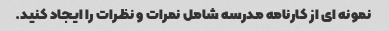
نمونه ای از کارنامه مدرسه شامل نمرات و نظرات را ایجاد کنید.